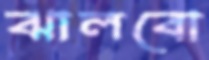
ঝালবো